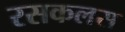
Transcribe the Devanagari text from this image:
रसकलस